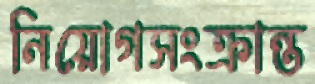
নিয়োগসংক্রান্ত